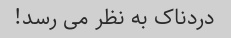
دردناک به نظر می رسد!